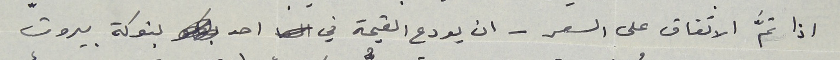
اذا تمَّ الاتفاق على السعر - ان يودع القيمة في احد بنوكة بيروت